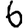
Digit: 6